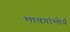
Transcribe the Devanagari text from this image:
भावगांभीर्य